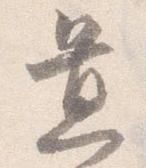
置